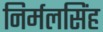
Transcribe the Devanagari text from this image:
निर्मलसिंह